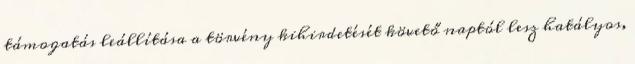
támogatás leállítása a törvény kihirdetését követő naptól lesz hatályos,